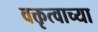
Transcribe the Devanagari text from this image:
वक्तृत्वाच्या